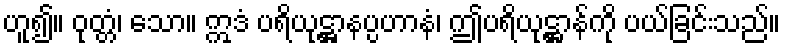
ဟူ၍။ ဝုတ္တံ၊ သော။ ဣဒံ ပရိယုဋ္ဌာနပ္ပဟာနံ၊ ဤပရိယုဋ္ဌာန်ကို ပယ်ခြင်းသည်။